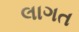
લાગત